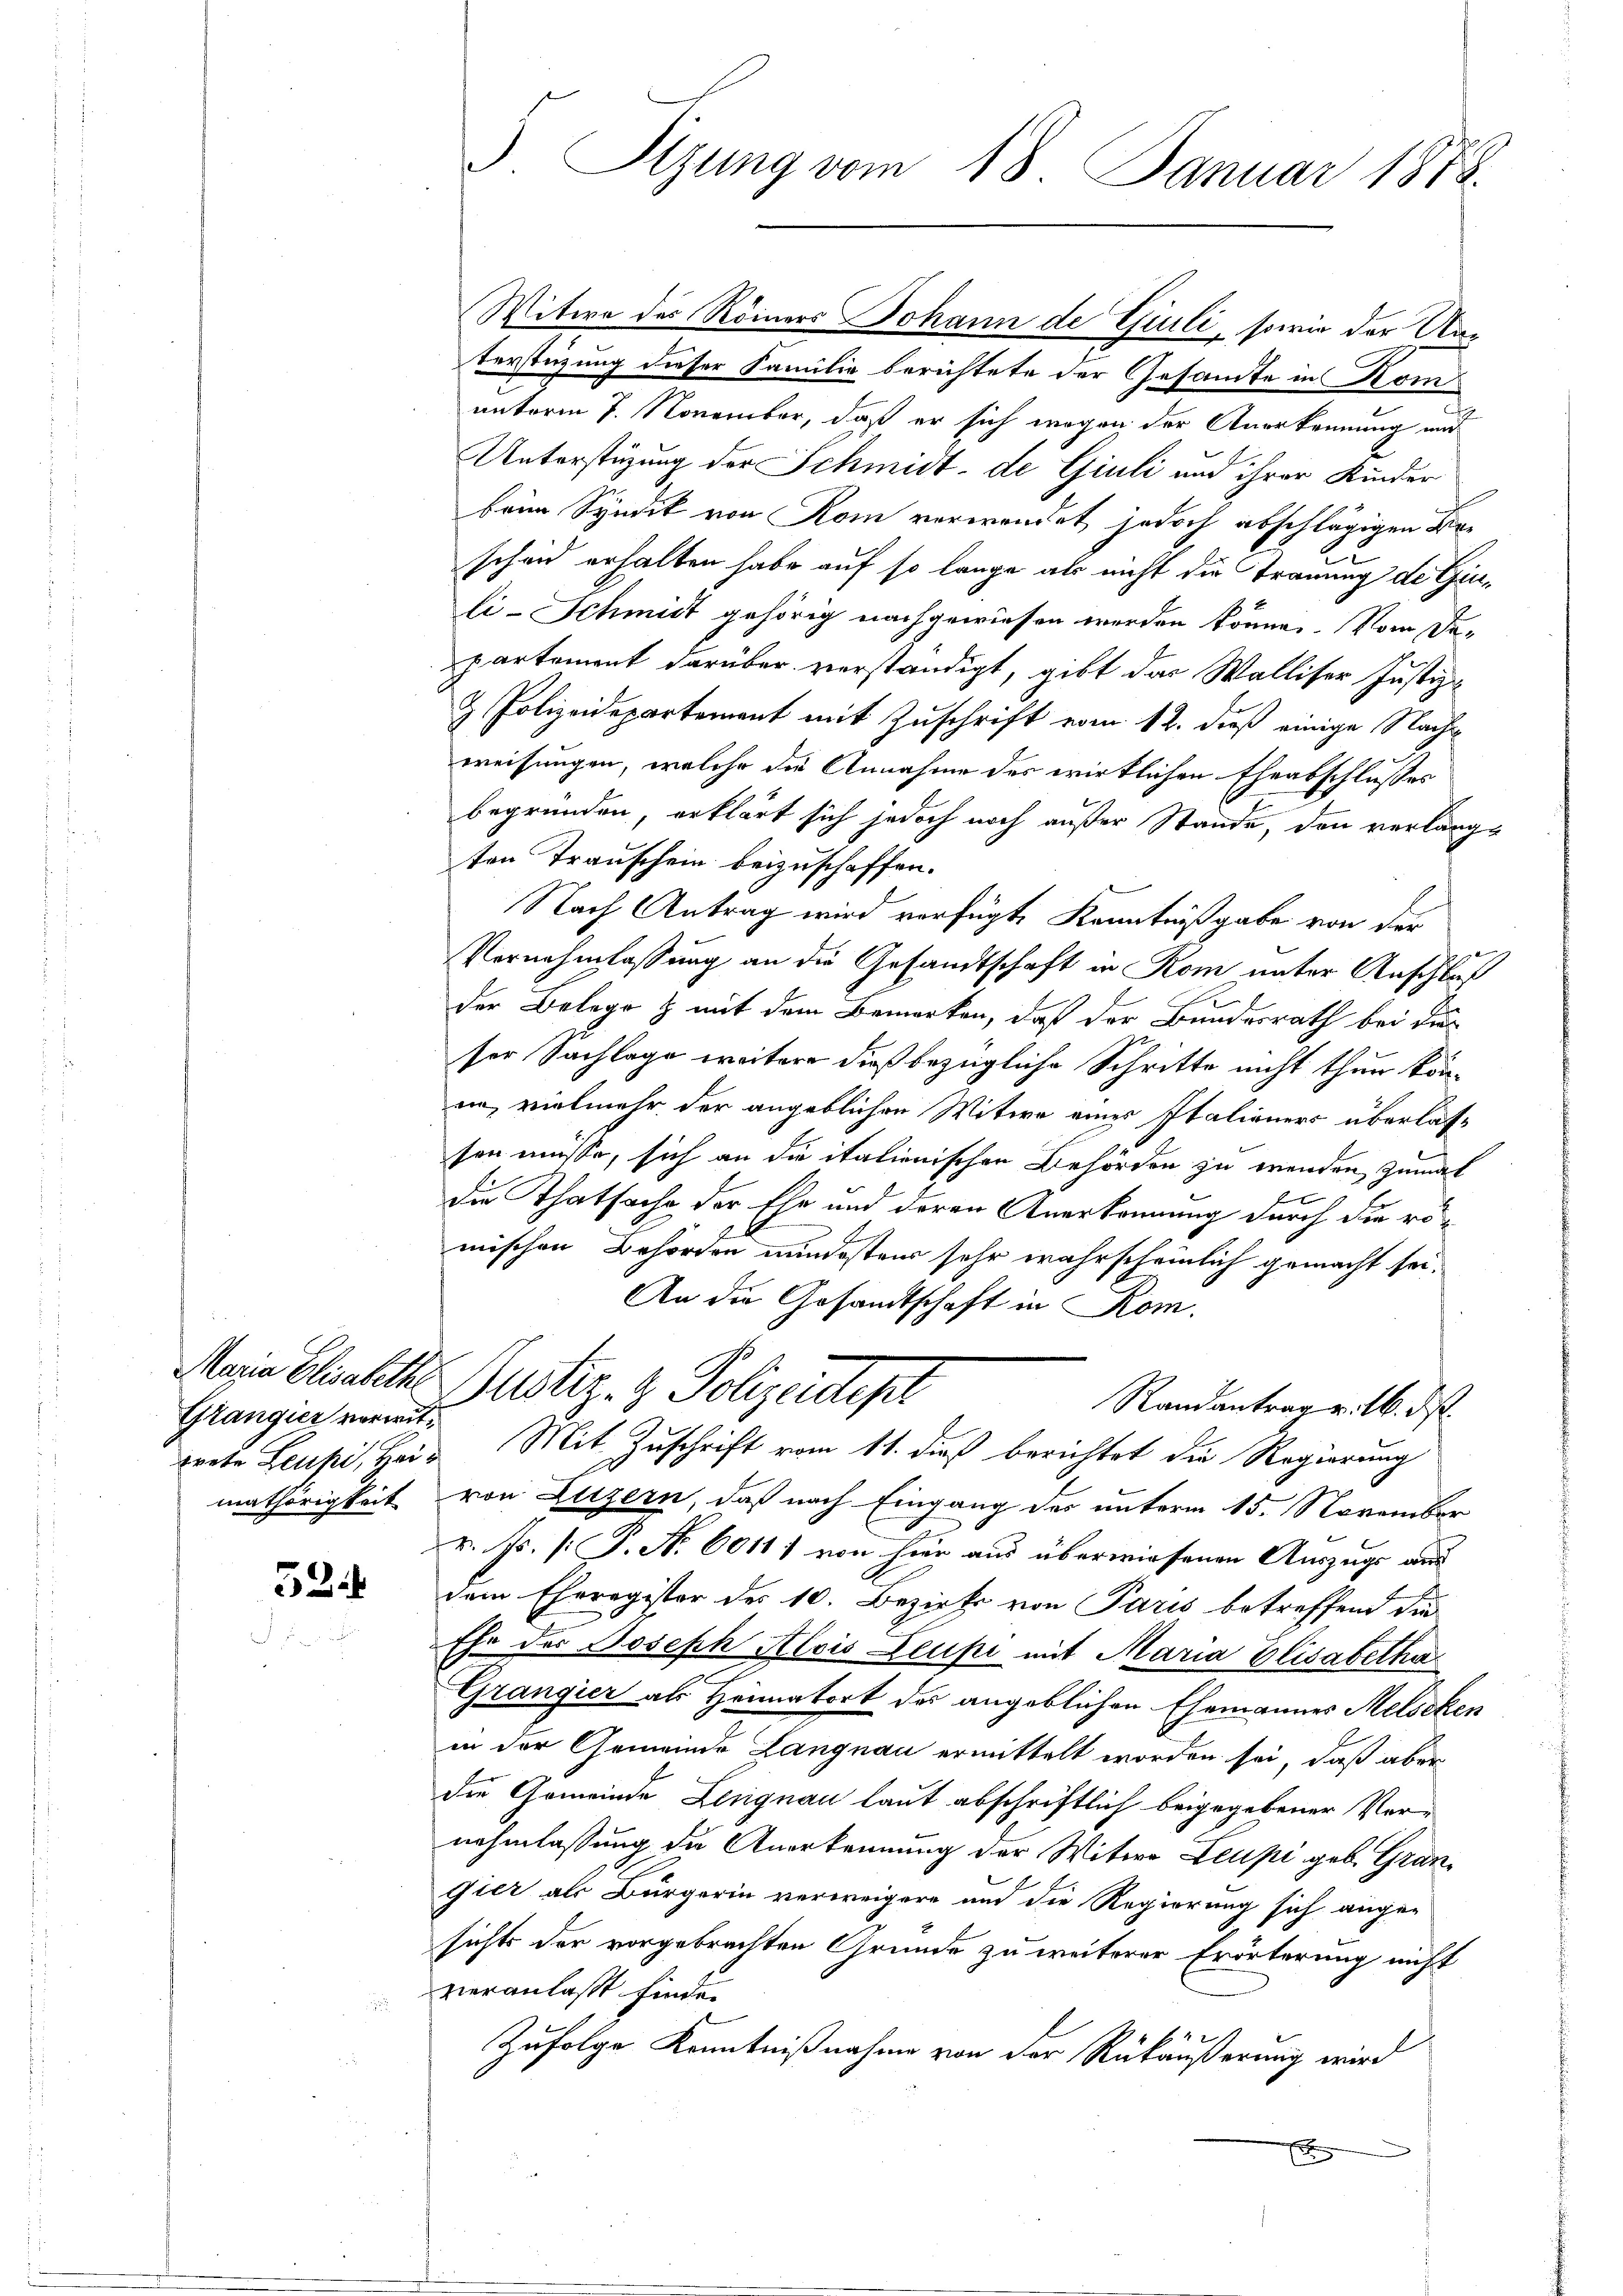
Maria Elisabethe
Grangier vorwitmathörigkeit

52

5 Sizung vom 18. Januar 1878.

terstüzung dieser Familie berichtete der Gesandte in Komunterm 7. November, daß er sich wegen der Anerkennung und
Unterstüzung der Schmidt - de Giuli und ihrer Kinder
beim Syndik von Rom verwendet, jedoch abschlägigen Beschon erhalten habe auf so lange als nicht die Trauung der Ginli-Schmidt gehörig nachgewiesen werden könne. Vom Departement darüber verständigt, gibt das Walliser Justiz-
& Polizeidepartement mit Zuschrift vom 12. dieß einige Nachweisungen, welche die Annahme des wirklichen Eheabschlußes
begründen, erklärt sich jedoch noch außer Stande, den verlangten Trauschein beizuschaffen.
Nach Antrag wird verfügt, Kenntnißgabe von der
Vernehmlassung an die Gesandtschaft in Rom unter Anschluß
der Belege & mit dem Bemerken, daß der Bundesrath bei die
ser Sachlage weitere dieß bezügliche Schritte nicht thun könin, vielmehr der angeblichen Witwe einer Italieners überlassen müsse, sich an die italienischen Behörden zu wenden, zumal
die Thatsache der Ehe und deren Anerkennung durch die römischen Behörden mindesten sehr wahrscheinlich gemacht sei.
An die Gesandtschaft in Rom.
Justiz- & Polizeitest
Randantrag v. 16. ds.
werte Leupi, Herr Mit Zuschrift vom 11. dieß berichtet die Regierung
von Luzern, daß nach Eingang des unterm 15. November
v. Js. [P. Nr. 6011) von hier aus überwiesenen Auszugs aus
dem Eheregister des 10. Bezirks von Paris betreffend die
Ehe des Joseph Alois Leupi mit Maria Elisabetha
Grangier als Heimatort der angeblichen Ehemannes Melseken
in der Gemeinde Langnau ermittelt worden sei, daß aber
die Gemeinde Lengnau laut abschriftlich beigegebener Vernehmlassung die Anerkennung der Witwe Leupi geb. Grangier als Bürgerin verweigere und die Regierung sich ange-
sichts der vorgebrachten Grunde zu weiterer Erörterung nicht
veranlaßt finde.
Zufolge Kenntnißnahme von der Rückäußerung wird
x

Witwe des Römers Johann de Giuli, sowie der An¬